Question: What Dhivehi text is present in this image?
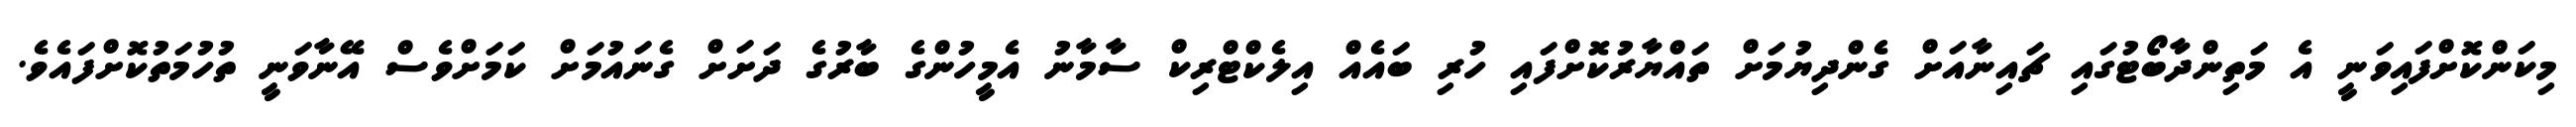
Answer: މިކަންކޮށްފައިވަނީ އެ މަތިންދާބޯޓުގައި ޗައިނާއަށް ގެންދިޔުމަށް ތައްޔާރުކޮށްފައި ހުރި ބައެއް އިލެކްޓްރިކް ސާމާނު އެމީހުންގެ ބާރުގެ ދަށަށް ގެނައުމަށް ކަމަށްވެސް އޭނާވަނީ ތުހުމަތުކޮށްފައެވެ.